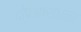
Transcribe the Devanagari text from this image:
दीपआराधना